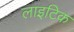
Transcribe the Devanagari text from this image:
लाइटिक